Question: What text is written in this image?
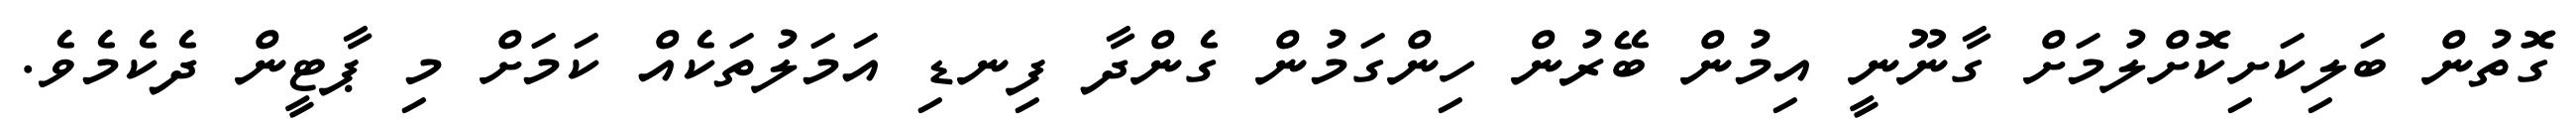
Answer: ގޮތުން ބަލިކަށިކޮށްލުމަށް ގާނޫނީ އިމުން ބޭރުން ހިންގަމުން ގެންދާ ފިނޑި އަމަލުތަކެއް ކަމަށް މި ޕާޓީން ދެކެމެވެ.